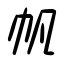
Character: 帆